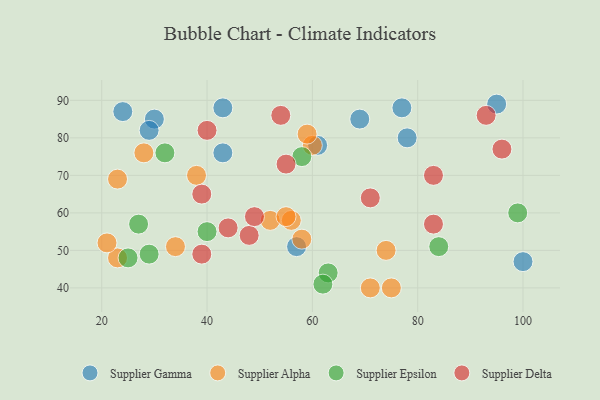
{"axis": {"x": "GDP", "y": "Life Expectancy"}, "legend": ["Supplier Alpha", "Supplier Delta", "Supplier Epsilon", "Supplier Gamma"], "data": [{"x": "78", "y": 80, "type": "Supplier Gamma"}, {"x": "30", "y": 85, "type": "Supplier Gamma"}, {"x": "69", "y": 85, "type": "Supplier Gamma"}, {"x": "43", "y": 88, "type": "Supplier Gamma"}, {"x": "43", "y": 76, "type": "Supplier Gamma"}, {"x": "24", "y": 87, "type": "Supplier Gamma"}, {"x": "61", "y": 78, "type": "Supplier Gamma"}, {"x": "57", "y": 51, "type": "Supplier Gamma"}, {"x": "95", "y": 89, "type": "Supplier Gamma"}, {"x": "100", "y": 47, "type": "Supplier Gamma"}, {"x": "29", "y": 82, "type": "Supplier Gamma"}, {"x": "77", "y": 88, "type": "Supplier Gamma"}, {"x": "71", "y": 40, "type": "Supplier Alpha"}, {"x": "75", "y": 40, "type": "Supplier Alpha"}, {"x": "52", "y": 58, "type": "Supplier Alpha"}, {"x": "23", "y": 48, "type": "Supplier Alpha"}, {"x": "23", "y": 69, "type": "Supplier Alpha"}, {"x": "56", "y": 58, "type": "Supplier Alpha"}, {"x": "60", "y": 78, "type": "Supplier Alpha"}, {"x": "34", "y": 51, "type": "Supplier Alpha"}, {"x": "74", "y": 50, "type": "Supplier Alpha"}, {"x": "28", "y": 76, "type": "Supplier Alpha"}, {"x": "38", "y": 70, "type": "Supplier Alpha"}, {"x": "58", "y": 53, "type": "Supplier Alpha"}, {"x": "55", "y": 59, "type": "Supplier Alpha"}, {"x": "21", "y": 52, "type": "Supplier Alpha"}, {"x": "59", "y": 81, "type": "Supplier Alpha"}, {"x": "29", "y": 49, "type": "Supplier Epsilon"}, {"x": "99", "y": 60, "type": "Supplier Epsilon"}, {"x": "40", "y": 55, "type": "Supplier Epsilon"}, {"x": "63", "y": 44, "type": "Supplier Epsilon"}, {"x": "32", "y": 76, "type": "Supplier Epsilon"}, {"x": "84", "y": 51, "type": "Supplier Epsilon"}, {"x": "25", "y": 48, "type": "Supplier Epsilon"}, {"x": "62", "y": 41, "type": "Supplier Epsilon"}, {"x": "27", "y": 57, "type": "Supplier Epsilon"}, {"x": "58", "y": 75, "type": "Supplier Epsilon"}, {"x": "44", "y": 56, "type": "Supplier Delta"}, {"x": "48", "y": 54, "type": "Supplier Delta"}, {"x": "83", "y": 70, "type": "Supplier Delta"}, {"x": "49", "y": 59, "type": "Supplier Delta"}, {"x": "39", "y": 49, "type": "Supplier Delta"}, {"x": "54", "y": 86, "type": "Supplier Delta"}, {"x": "40", "y": 82, "type": "Supplier Delta"}, {"x": "93", "y": 86, "type": "Supplier Delta"}, {"x": "55", "y": 73, "type": "Supplier Delta"}, {"x": "71", "y": 64, "type": "Supplier Delta"}, {"x": "39", "y": 65, "type": "Supplier Delta"}, {"x": "83", "y": 57, "type": "Supplier Delta"}, {"x": "96", "y": 77, "type": "Supplier Delta"}]}